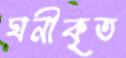
ঘনীকৃত